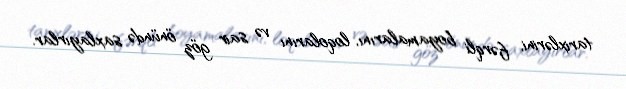
tarixlərini, fərqli boyamalarını, loqolarını və sair göz önündə saxlayırlar.